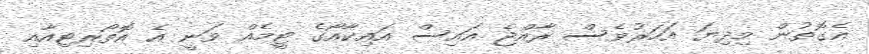
އެގޮތުން މިދިޔަ އަހަރުވެސް ރާއްޖެ އައިސް އައިކާއޯގެ ޓީމެއް ވަނީ އެ އޮތޯރިޓިއާއި